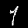
Digit: 1